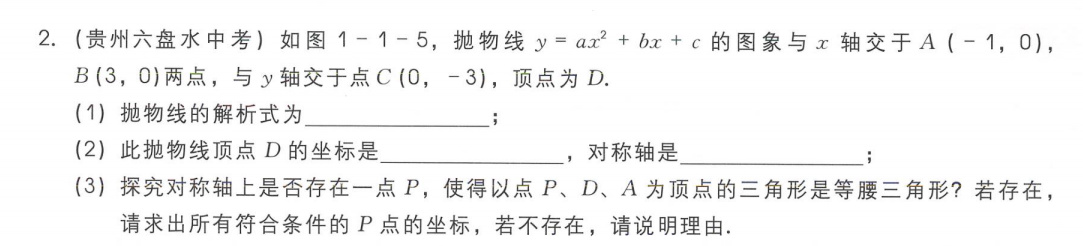
2. (贵州六盘水中考) 如图 \(1 - 1 - 5\)，抛物线 \(y = ax^{2}+bx + c\) 的图象与 \(x\) 轴交于 \(A(-1,0)\),
\(B(3,0)\)两点，与 \(y\) 轴交于点 \(C(0,-3)\)，顶点为 \(D\).
(1) 抛物线的解析式为  ；
(2) 此抛物线顶点 \(D\) 的坐标是  ，对称轴是  ；
(3) 探究对称轴上是否存在一点 \(P\)，使得以点 \(P\)、\(D\)、\(A\) 为顶点的三角形是等腰三角形？若存在，
请求出所有符合条件的 \(P\) 点坐标，若不存在，请说明理由.